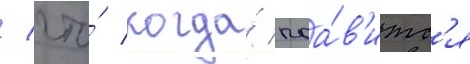
/ что́ когда́ поа́в'итс'я